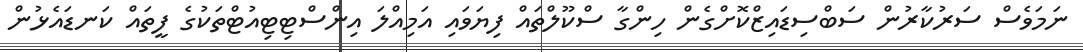
ނަމަވެސް ސަރުކާރުން ސަބްސިޑައިޒްކޮށްގެން ހިންގާ ސްކޫލްތައް ފިޔަވައި އަމިއްލަ އިންސްޓިޓިއުޓްތަކުގެ ފީތައް ކަނޑައެޅުން